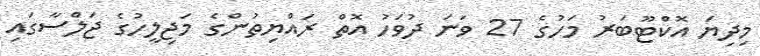
މިދިޔަ އޮކްޓޫބަރު މަހުގެ 27 ވަނަ ދުވަހު އޮތް ރައްޔިތުންގެ މަޖިލީހުގެ ޖަލްސާގައި